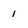
Character: 1